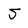
Character: J